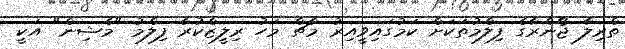
ތްރިލާ ޖޯންރާގެ ފިލްމުތަކަށް ކަމުގައިވީއިރު މާޗް މަހު ރިލީޒްކުރާ ފިލްމު "މެޝިން" އަކީ